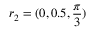
r _ { 2 } = ( 0 , 0 . 5 , \frac { \pi } { 3 } )